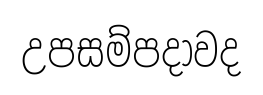
උපසම්පදාවද